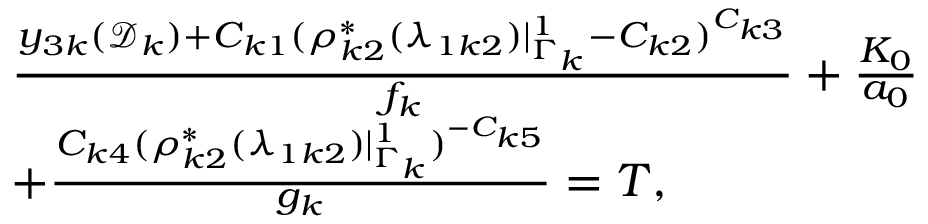
\begin{array} { r l } & { \frac { y _ { 3 k } ( \mathcal D _ { k } ) + C _ { k 1 } ( \rho _ { k 2 } ^ { * } ( \lambda _ { 1 k 2 } ) | _ { \Gamma _ { k } } ^ { 1 } - C _ { k 2 } ) ^ { C _ { k 3 } } } { f _ { k } } + \frac { K _ { 0 } } { a _ { 0 } } } \\ & { + \frac { C _ { k 4 } ( \rho _ { k 2 } ^ { * } ( \lambda _ { 1 k 2 } ) | _ { \Gamma _ { k } } ^ { 1 } ) ^ { - C _ { k 5 } } } { g _ { k } } = T , } \end{array}